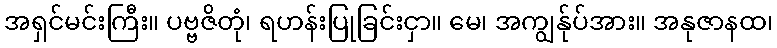
အရှင်မင်းကြီး။ ပဗ္ဗဇိတုံ၊ ရဟန်းပြုခြင်းငှာ။ မေ၊ အကျွန်ုပ်အား။ အနုဇာနထ၊